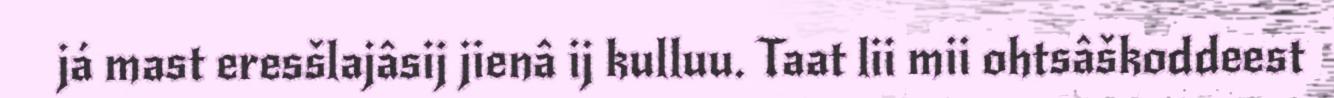
já mast eresšlajâsij jienâ ij kulluu. Taat lii mii ohtsâškoddeest